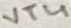
Text: VT4